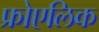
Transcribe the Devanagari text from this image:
फ्रोएलिक